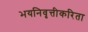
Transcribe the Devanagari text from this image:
भयनिवृत्तीकरिता